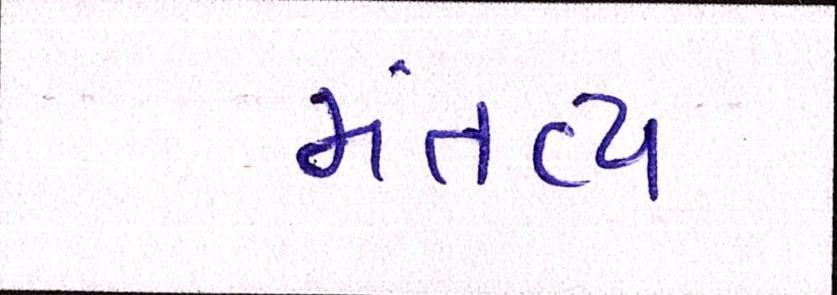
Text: મંતવ્ય